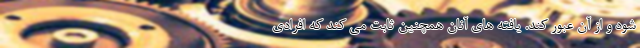
شود و از آن عبور کند. یافته های آنان همچنین ثابت می کند که افرادی